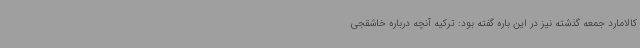
کالامارد جمعه گذشته نیز در این باره گفته بود: ترکیه آنچه درباره خاشقجی